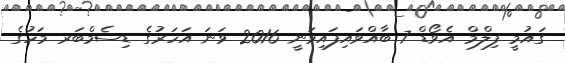
ގައުމީ ފިލްމް އެވޯޑް 7 ބާއްވައިފައިވަނީ 2016 ވަނަ އަހަރުގެ ޑިސެމްބަރ މަހުގެ